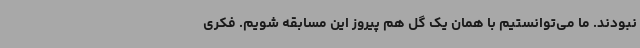
نبودند. ما می‌توانستیم با همان یک گل هم پیروز این مسابقه شویم. فکری